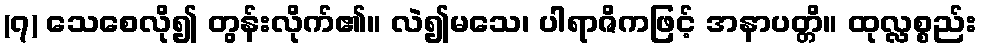
(၇) သေစေလို၍ တွန်းလိုက်၏။ လဲ၍မသေ၊ ပါရာဇိကဖြင့် အနာပတ္တိ။ ထုလ္လစ္စည်း